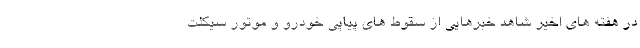
در هفته های اخیر شاهد خبرهایی از سقوط های پیاپی خودرو و موتور سیکلت